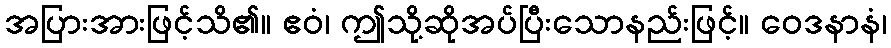
အပြားအားဖြင့်သိ၏။ ဧဝံ၊ ဤသို့ဆိုအပ်ပြီးသောနည်းဖြင့်။ ဝေဒနာနံ၊